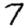
Digit: 7